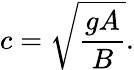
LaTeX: c={\sqrt{\frac{gA}{B}}}.